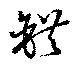
錯